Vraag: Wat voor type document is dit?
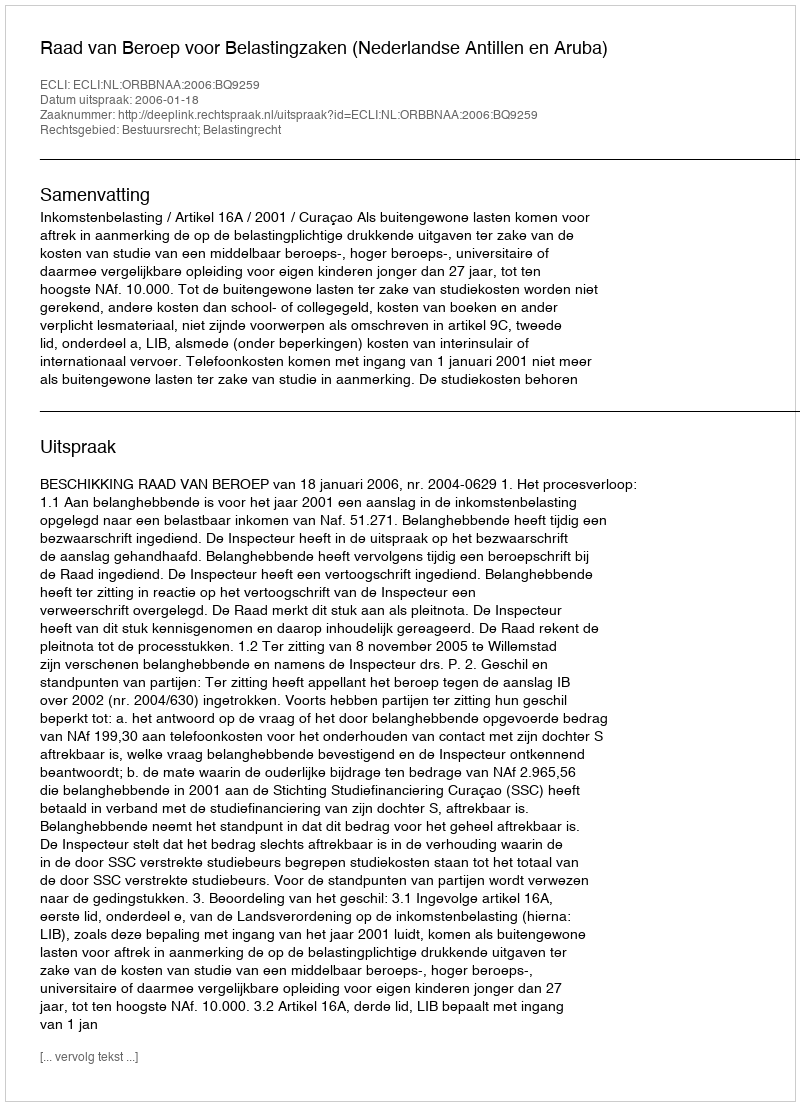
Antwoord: Uitspraak